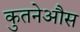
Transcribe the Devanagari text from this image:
कुतनेऔस